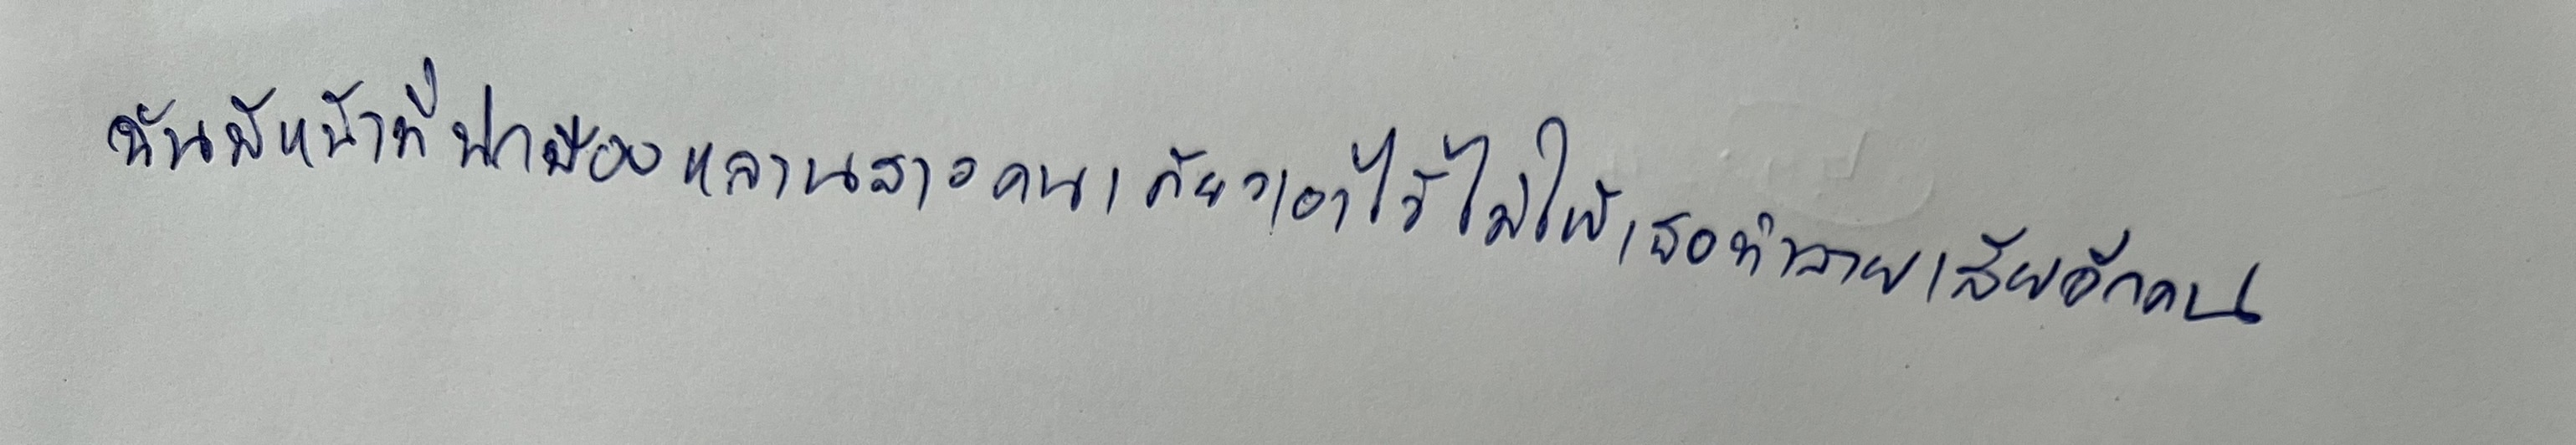
ฉันมีหน้าที่ปกป้องหลานสาวคนเดียวเอาไว้ไม่ให้เธอทำลายเสียอีกคน"